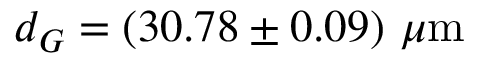
d _ { G } = ( 3 0 . 7 8 \pm 0 . 0 9 ) ~ \mu \mathrm { m }